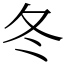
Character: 冬